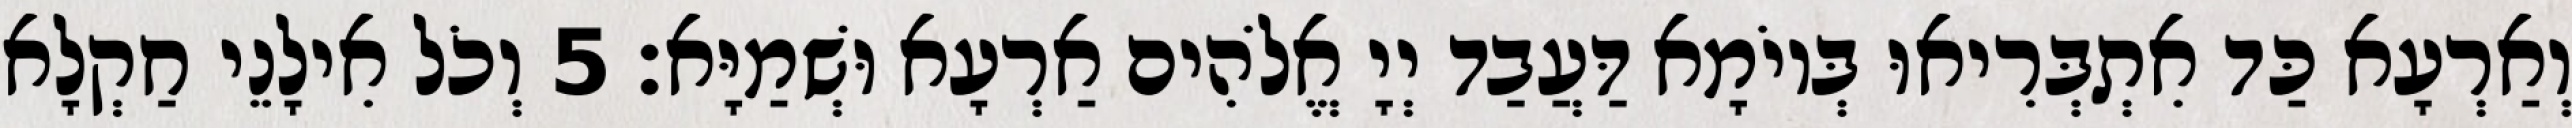
וְאַרְעָא כַּד אִתְבְּרִיאוּ בְּיוֹמָא דַּעֲבַד יְיָ אֱלֹהִים אַרְעָא וּשְׁמַיָּא׃ 5 וְכֹל אִילָנֵי חַקְלָא